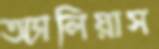
অ্যালিয়াস